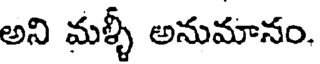
అని మళ్ళీ అనుమానం.